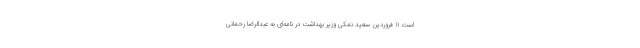
است ۱۱ فروردین سعید نمکی وزیر بهداشت در نامه‌ای به عبدالرضا رحمانی